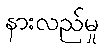
နားလည်မှု